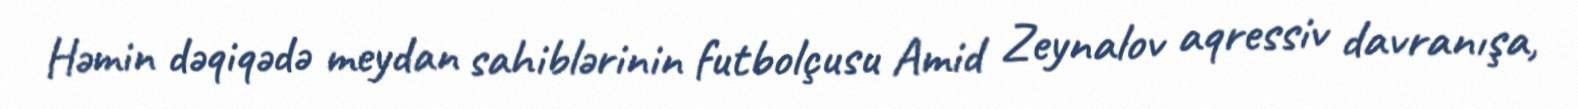
Həmin dəqiqədə meydan sahiblərinin futbolçusu Amid Zeynalov aqressiv davranışa,